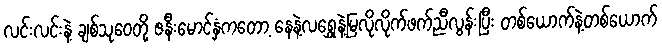
လင်းလင်းနဲ့ ချစ်သုဝေတို့ ဇနီးမောင်နှံကတော့ နေနဲ့လရွှေနဲ့မြလိုလိုက်ဖက်ညီလွန်းပြီး တစ်ယောက်နဲ့တစ်ယောက်